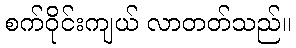
စက်ဝိုင်းကျယ် လာတတ်သည်။